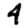
Digit: 4